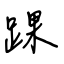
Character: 踝